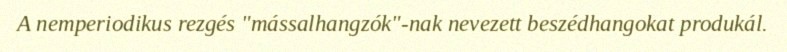
A nemperiodikus rezgés "mássalhangzók"-nak nevezett beszédhangokat produkál.